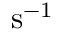
\mathrm { s } ^ { - 1 }